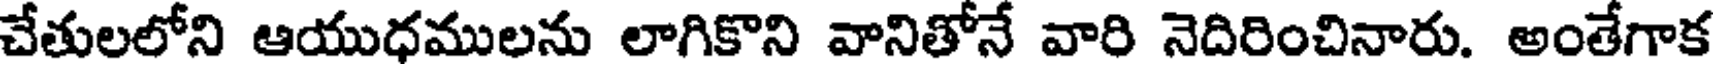
చేతులలోని ఆయుధములను లాగికొని వానితోనే వారి నెదిరించినారు. అంతేగాక